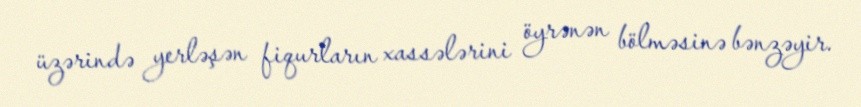
üzərində yerləşən fiqurların xassələrini öyrənən bölməsinə bənzəyir.